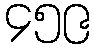
၄၅၉